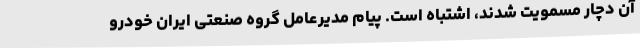
آن دچار مسمویت شدند، اشتباه است. پیام مدیرعامل گروه صنعتی ایران خودرو